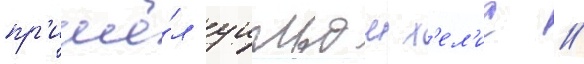
пр'ишё́л уильям х'ел'ис //